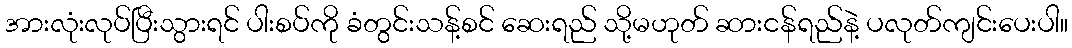
အားလုံးလုပ်ပြီးသွားရင် ပါးစပ်ကို ခံတွင်းသန့်စင် ဆေးရည် သို့မဟုတ် ဆားငန်ရည်နဲ့ ပလုတ်ကျင်းပေးပါ။